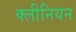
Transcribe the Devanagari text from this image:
क्लीनियन